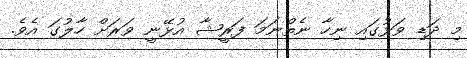
މި ދަޑި ވަޅުގައި ނިހާ ނެތްނަމަ ފަރީޝާ އުޅޭނީ ވަރަށް ހާލުގަ އެވެ.